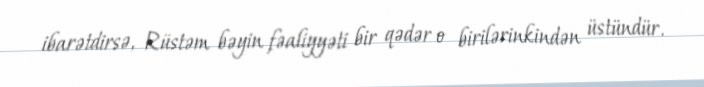
ibarətdirsə, Rüstəm bəyin fəaliyyəti bir qədər o birilərinkindən üstündür.